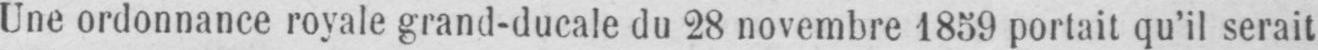
Une ordonnance royale grand-ducale du 28 novembre 1859 portait qu’il serait